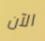
الآن